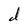
Character: d